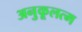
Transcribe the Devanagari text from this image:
अनुकूलत्म